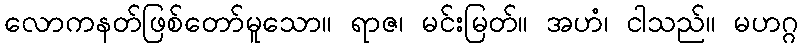
လောကနတ်ဖြစ်တော်မူသော။ ရာဇ၊ မင်းမြတ်။ အဟံ၊ ငါသည်။ မဟဂ္ဂ